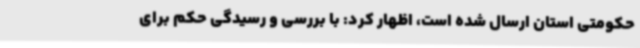
حکومتی استان ارسال شده است، اظهار کرد: با بررسی و رسیدگی حکم برای